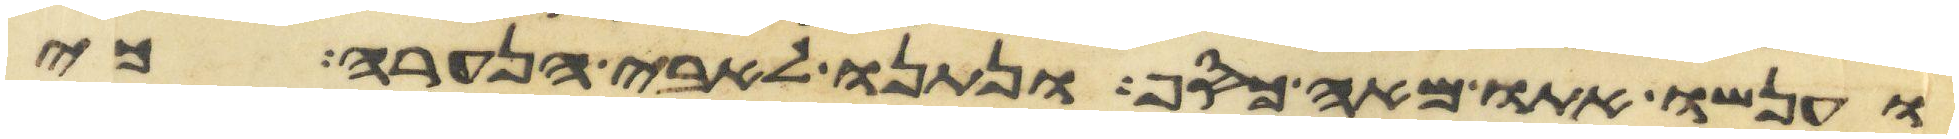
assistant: וענשו אתו מאה כסף ונתנו לאבי הנערה כי